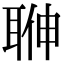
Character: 𦕽